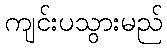
ကျင်းပသွားမည်